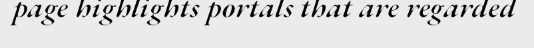
page highlights portals that are regarded